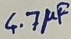
Text: 4.7µF